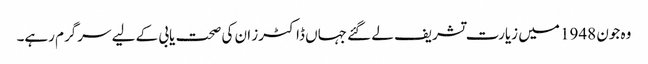
وہ جون 1948 میں زیارت تشریف لے گئے جہاں ڈاکٹرز ان کی صحت یابی کے لیے سرگرم رہے۔